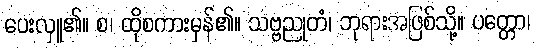
ပေးလှူ၏။ စ၊ ထိုစကားမှန်၏။ သဗ္ဗညုတံ၊ ဘုရားအဖြစ်သို့။ ပတ္တော၊